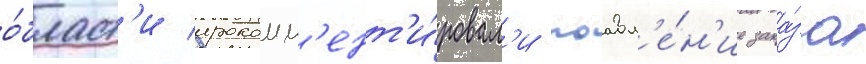
о́бласт'и прокомм'ент'и́ровал'и поавл'е́н'ие зака́за